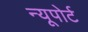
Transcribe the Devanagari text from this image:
न्‍यूपोर्ट